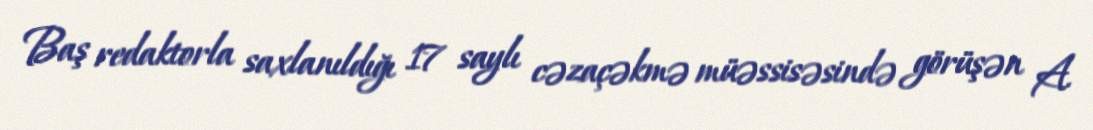
Baş redaktorla saxlanıldığı 17 saylı cəzaçəkmə müəssisəsində görüşən A.